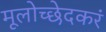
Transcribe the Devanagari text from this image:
मूलोच्छेदकरं